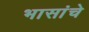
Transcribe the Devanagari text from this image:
भासांचे